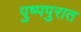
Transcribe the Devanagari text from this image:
पुष्पपुरात